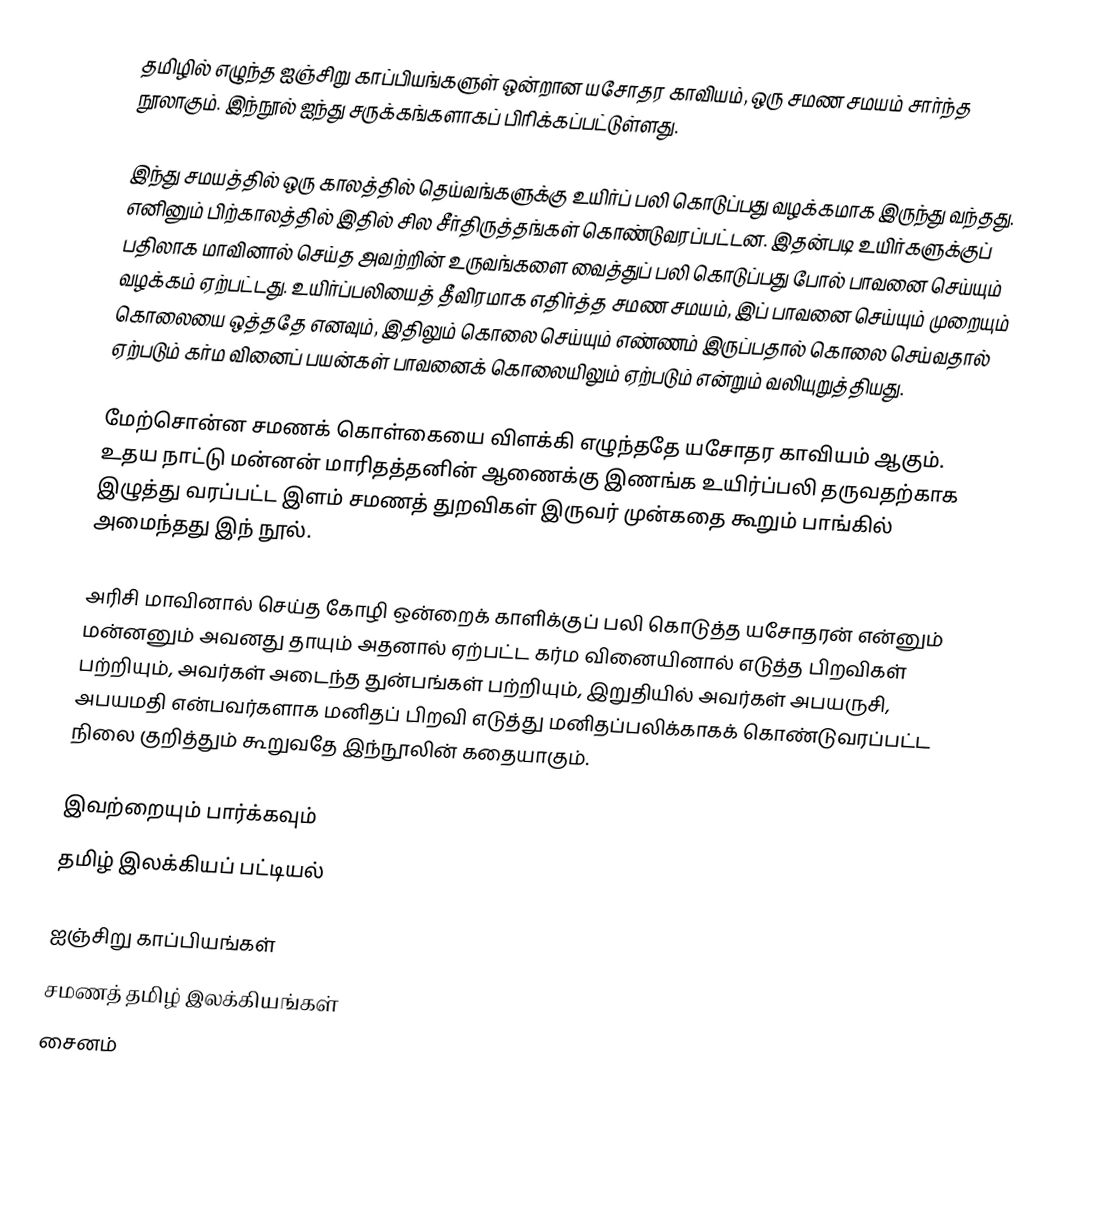
தமிழில் எழுந்த ஐஞ்சிறு காப்பியங்களுள் ஒன்றான யசோதர காவியம், ஒரு சமண சமயம் சார்ந்த நூலாகும். இந்நூல் ஐந்து சருக்கங்களாகப் பிரிக்கப்பட்டுள்ளது.

இந்து சமயத்தில் ஒரு காலத்தில் தெய்வங்களுக்கு உயிர்ப் பலி கொடுப்பது வழக்கமாக இருந்து வந்தது. எனினும் பிற்காலத்தில் இதில் சில சீர்திருத்தங்கள் கொண்டுவரப்பட்டன. இதன்படி உயிர்களுக்குப் பதிலாக மாவினால் செய்த அவற்றின் உருவங்களை வைத்துப் பலி கொடுப்பது போல் பாவனை செய்யும் வழக்கம் ஏற்பட்டது. உயிர்ப்பலியைத் தீவிரமாக எதிர்த்த சமண சமயம், இப் பாவனை செய்யும் முறையும் கொலையை ஒத்ததே எனவும், இதிலும் கொலை செய்யும் எண்ணம் இருப்பதால் கொலை செய்வதால் ஏற்படும் கர்ம வினைப் பயன்கள் பாவனைக் கொலையிலும் ஏற்படும் என்றும் வலியுறுத்தியது.

மேற்சொன்ன சமணக் கொள்கையை விளக்கி எழுந்ததே யசோதர காவியம் ஆகும். உதய நாட்டு மன்னன் மாரிதத்தனின் ஆணைக்கு இணங்க உயிர்ப்பலி தருவதற்காக இழுத்து வரப்பட்ட இளம் சமணத் துறவிகள் இருவர் முன்கதை கூறும் பாங்கில் அமைந்தது இந் நூல்.

அரிசி மாவினால் செய்த கோழி ஒன்றைக் காளிக்குப் பலி கொடுத்த யசோதரன் என்னும் மன்னனும் அவனது தாயும் அதனால் ஏற்பட்ட கர்ம வினையினால் எடுத்த பிறவிகள் பற்றியும், அவர்கள் அடைந்த துன்பங்கள் பற்றியும், இறுதியில் அவர்கள் அபயருசி, அபயமதி என்பவர்களாக மனிதப் பிறவி எடுத்து மனிதப்பலிக்காகக் கொண்டுவரப்பட்ட நிலை குறித்தும் கூறுவதே இந்நூலின் கதையாகும்.

இவற்றையும் பார்க்கவும்
 தமிழ் இலக்கியப் பட்டியல்

ஐஞ்சிறு காப்பியங்கள்
சமணத் தமிழ் இலக்கியங்கள்
சைனம்